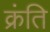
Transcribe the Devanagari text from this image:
क्रंति